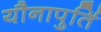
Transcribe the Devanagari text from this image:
यौनापुर्ति